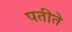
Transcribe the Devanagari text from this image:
पतीते